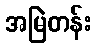
အမြဲတန်း